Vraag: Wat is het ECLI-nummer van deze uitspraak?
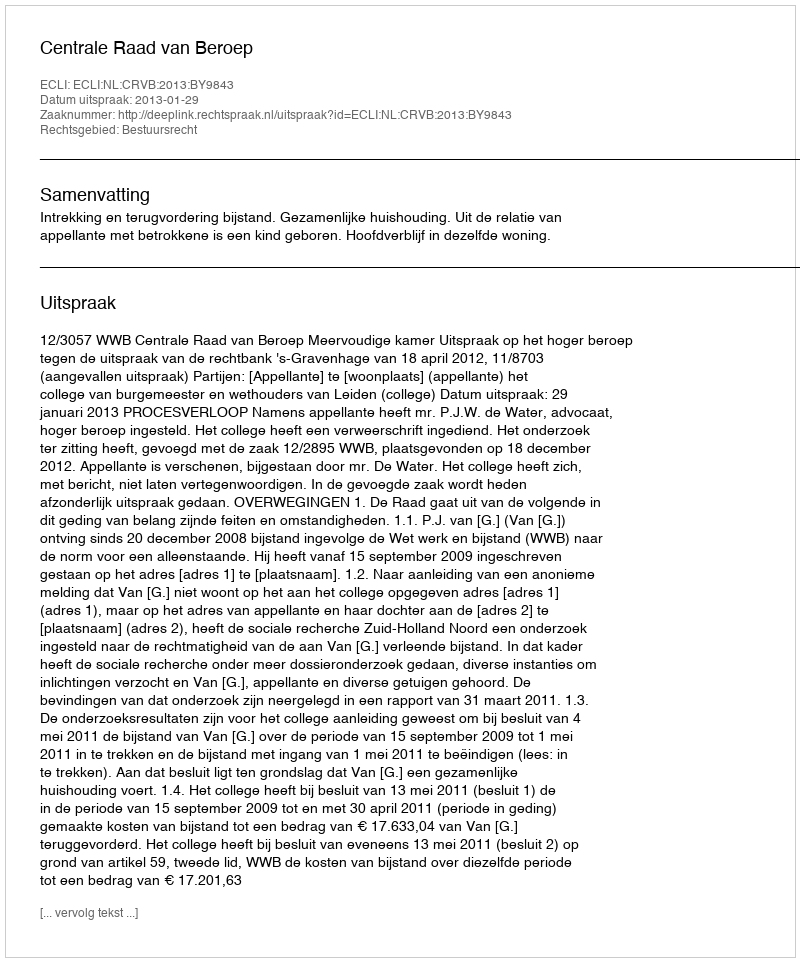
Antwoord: ECLI:NL:CRVB:2013:BY9843